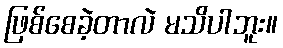
ဖြစ်စေခဲ့တာလဲ မသိပါဘူး။